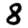
Digit: 8